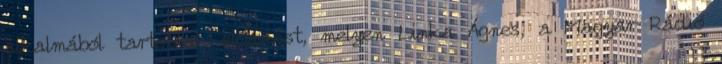
alkalmából tartottak előadást, melyen Linka Ágnes, a Magyar Rádió